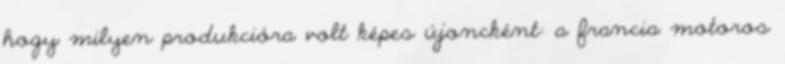
hogy milyen produkcióra volt képes újoncként: a francia motoros